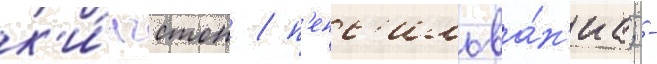
к'и́нгстон / п'енс'ильва́н'иа; -